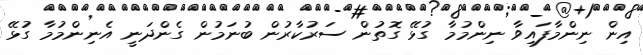
އިން ނިންމާފައިވާ ނިންމުމާ ގުޅޭ ގޮތުން ސަރުކާރުން ބުނަމުން ގެންދަނީ އެނިންމުމާ ގުޅޭ